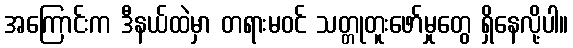
အကြောင်းက ဒီနယ်ထဲမှာ တရားမဝင် သတ္တုတူးဖော်မှုတွေ ရှိနေလို့ပါ။